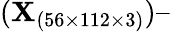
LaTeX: (\textit{\textbf{X}}_{(56\times 112\times 3)})–